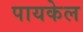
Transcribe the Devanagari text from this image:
पायकेल